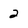
Character: 2